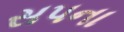
સપના